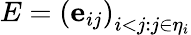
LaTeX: E=\left(\mathbf{e}_{ij}\right)_{i<j:j\in\eta_{i}}